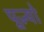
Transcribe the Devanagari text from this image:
पूज्‍यो